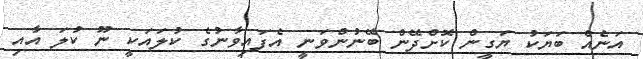
އަނެއް ބަޔަކު ޔަގީން ކޮށްދޭން ބޭނުންވަނީ އެފައިވާނުގެ ކުލައަކީ ނޫ ކުލަ އާއި